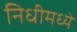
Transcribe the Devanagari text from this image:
निधीमध्ये